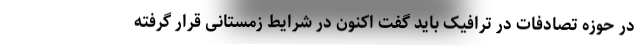
در حوزه تصادفات در ترافیک باید گفت اکنون در شرایط زمستانی قرار گرفته